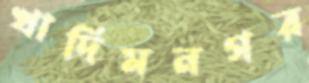
খাদিমনগর